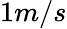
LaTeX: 1m/s